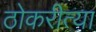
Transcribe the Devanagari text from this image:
ठोकरीत्या